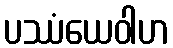
ပဿံယေဝါဟ